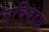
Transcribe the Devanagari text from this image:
सुचिबदध